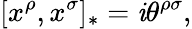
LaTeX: [x^{\rho},x^{\sigma}]_{*}=\mathit{i}\theta^{\rho\sigma},